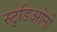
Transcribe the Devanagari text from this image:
स्टुडिओनी